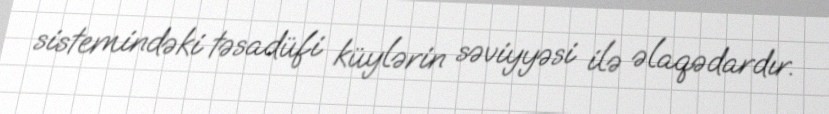
sistemindəki təsadüfi küylərin səviyyəsi ilə əlaqədardır.